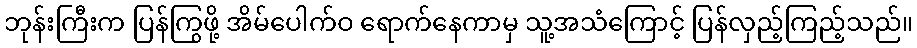
ဘုန်းကြီးက ပြန်ကြွဖို့ အိမ်ပေါက်ဝ ရောက်နေကာမှ သူ့အသံကြောင့် ပြန်လှည့်ကြည့်သည်။